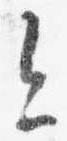
今